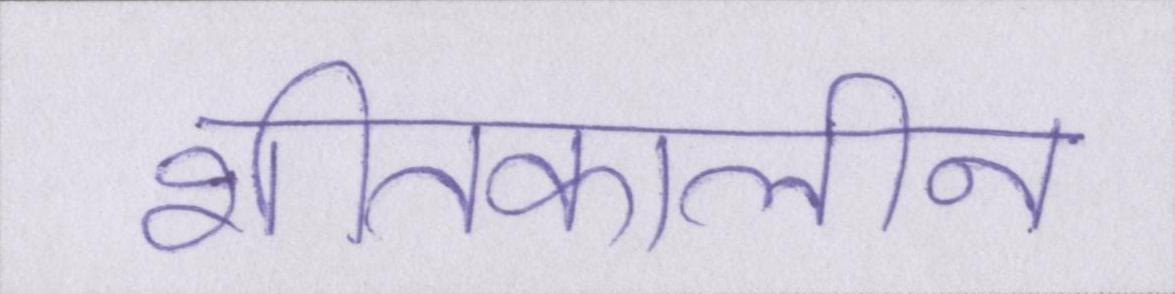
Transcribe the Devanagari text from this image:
शीतकालीन